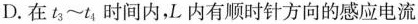
D.在$$t_{3}\sim t_{4}$$时间内，L内有顺时针方向的感应电流